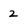
Character: 2